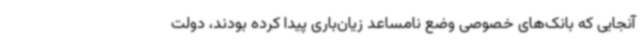
آنجایی که بانک‌های خصوصی وضع نامساعد زیان‌باری پیدا کرده بودند، دولت